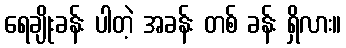
ရေချိုးခန်း ပါတဲ့ အခန်း တစ် ခန်း ရှိလား။